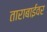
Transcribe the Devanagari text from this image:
ताराबाईवर